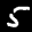
Label: 5